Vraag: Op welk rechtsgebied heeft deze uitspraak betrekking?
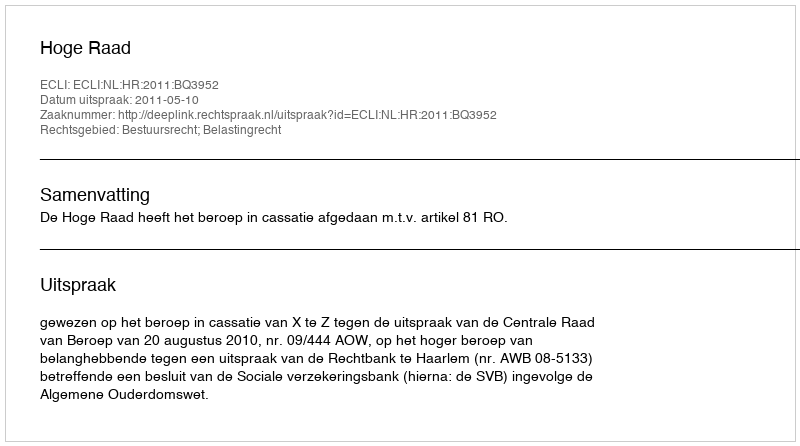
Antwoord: Bestuursrecht; Belastingrecht